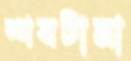
শবটানা